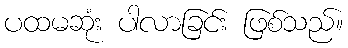
ပထမဆုံး ပါလာခြင်း ဖြစ်သည်။